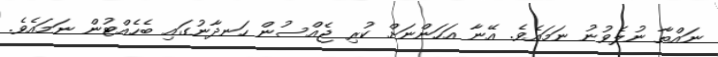
ނައްތާ ނުލެވުނު ނަމައެވެ. އޭނާ އަހަންނަށް ކުރި ޖެއްސުން ހަނދާނުގައި ބެހެއްޓުން ނަމައެވެ.